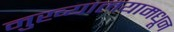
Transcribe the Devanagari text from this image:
मुख्यालयामधून